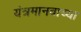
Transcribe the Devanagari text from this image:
यंत्रमानवाच्या